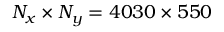
N _ { x } \times N _ { y } = 4 0 3 0 \times 5 5 0